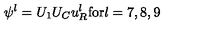
\psi ^ { l } = U _ { 1 } U _ { C } u _ { R } ^ { l } \mathrm { f o r } l = 7 , 8 , 9